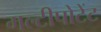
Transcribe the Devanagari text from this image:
मल्टीपोटेंट